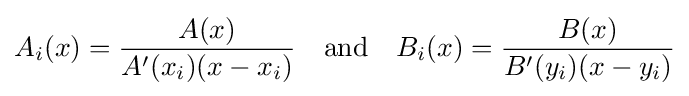
A_{i}(x)={\frac {A(x)}{A^{\prime }(x_{i})(x-x_{i})}}\quad {\text{and}}\quad B_{i}(x)={\frac {B(x)}{B^{\prime }(y_{i})(x-y_{i})}}